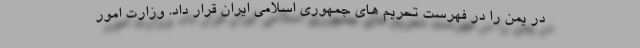
در یمن را در فهرست تحریم های جمهوری اسلامی ایران قرار داد. وزارت امور